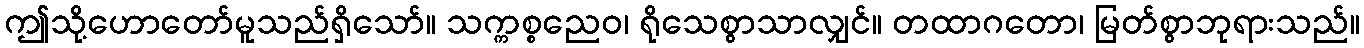
ဤသို့ဟောတော်မူသည်ရှိသော်။ သက္ကစ္စညေဝ၊ ရိုသေစွာသာလျှင်။ တထာဂတော၊ မြတ်စွာဘုရားသည်။